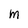
Character: M